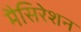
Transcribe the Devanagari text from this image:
मैसिरेशन